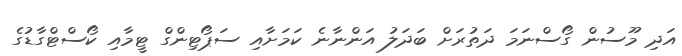
އަދި މޫސުން ގޯސްނަމަ ދަތުރަށް ބަދަލު އަންނާނެ ކަމަށާއި ސަޕޯޓިންގް ޓީމާއި ކޯސްޓްގާޑުގެ